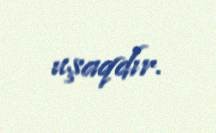
uşaqdır.